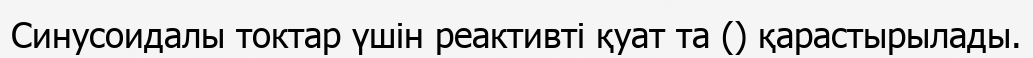
Синусоидалы токтар үшін реактивті қуат та () қарастырылады.